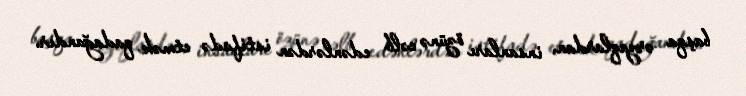
başqa ərzaqlardan, insanları özünə cəlb edənlərdən istifadə etmək qadağandır.